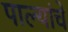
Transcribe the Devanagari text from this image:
पाल्यांचे